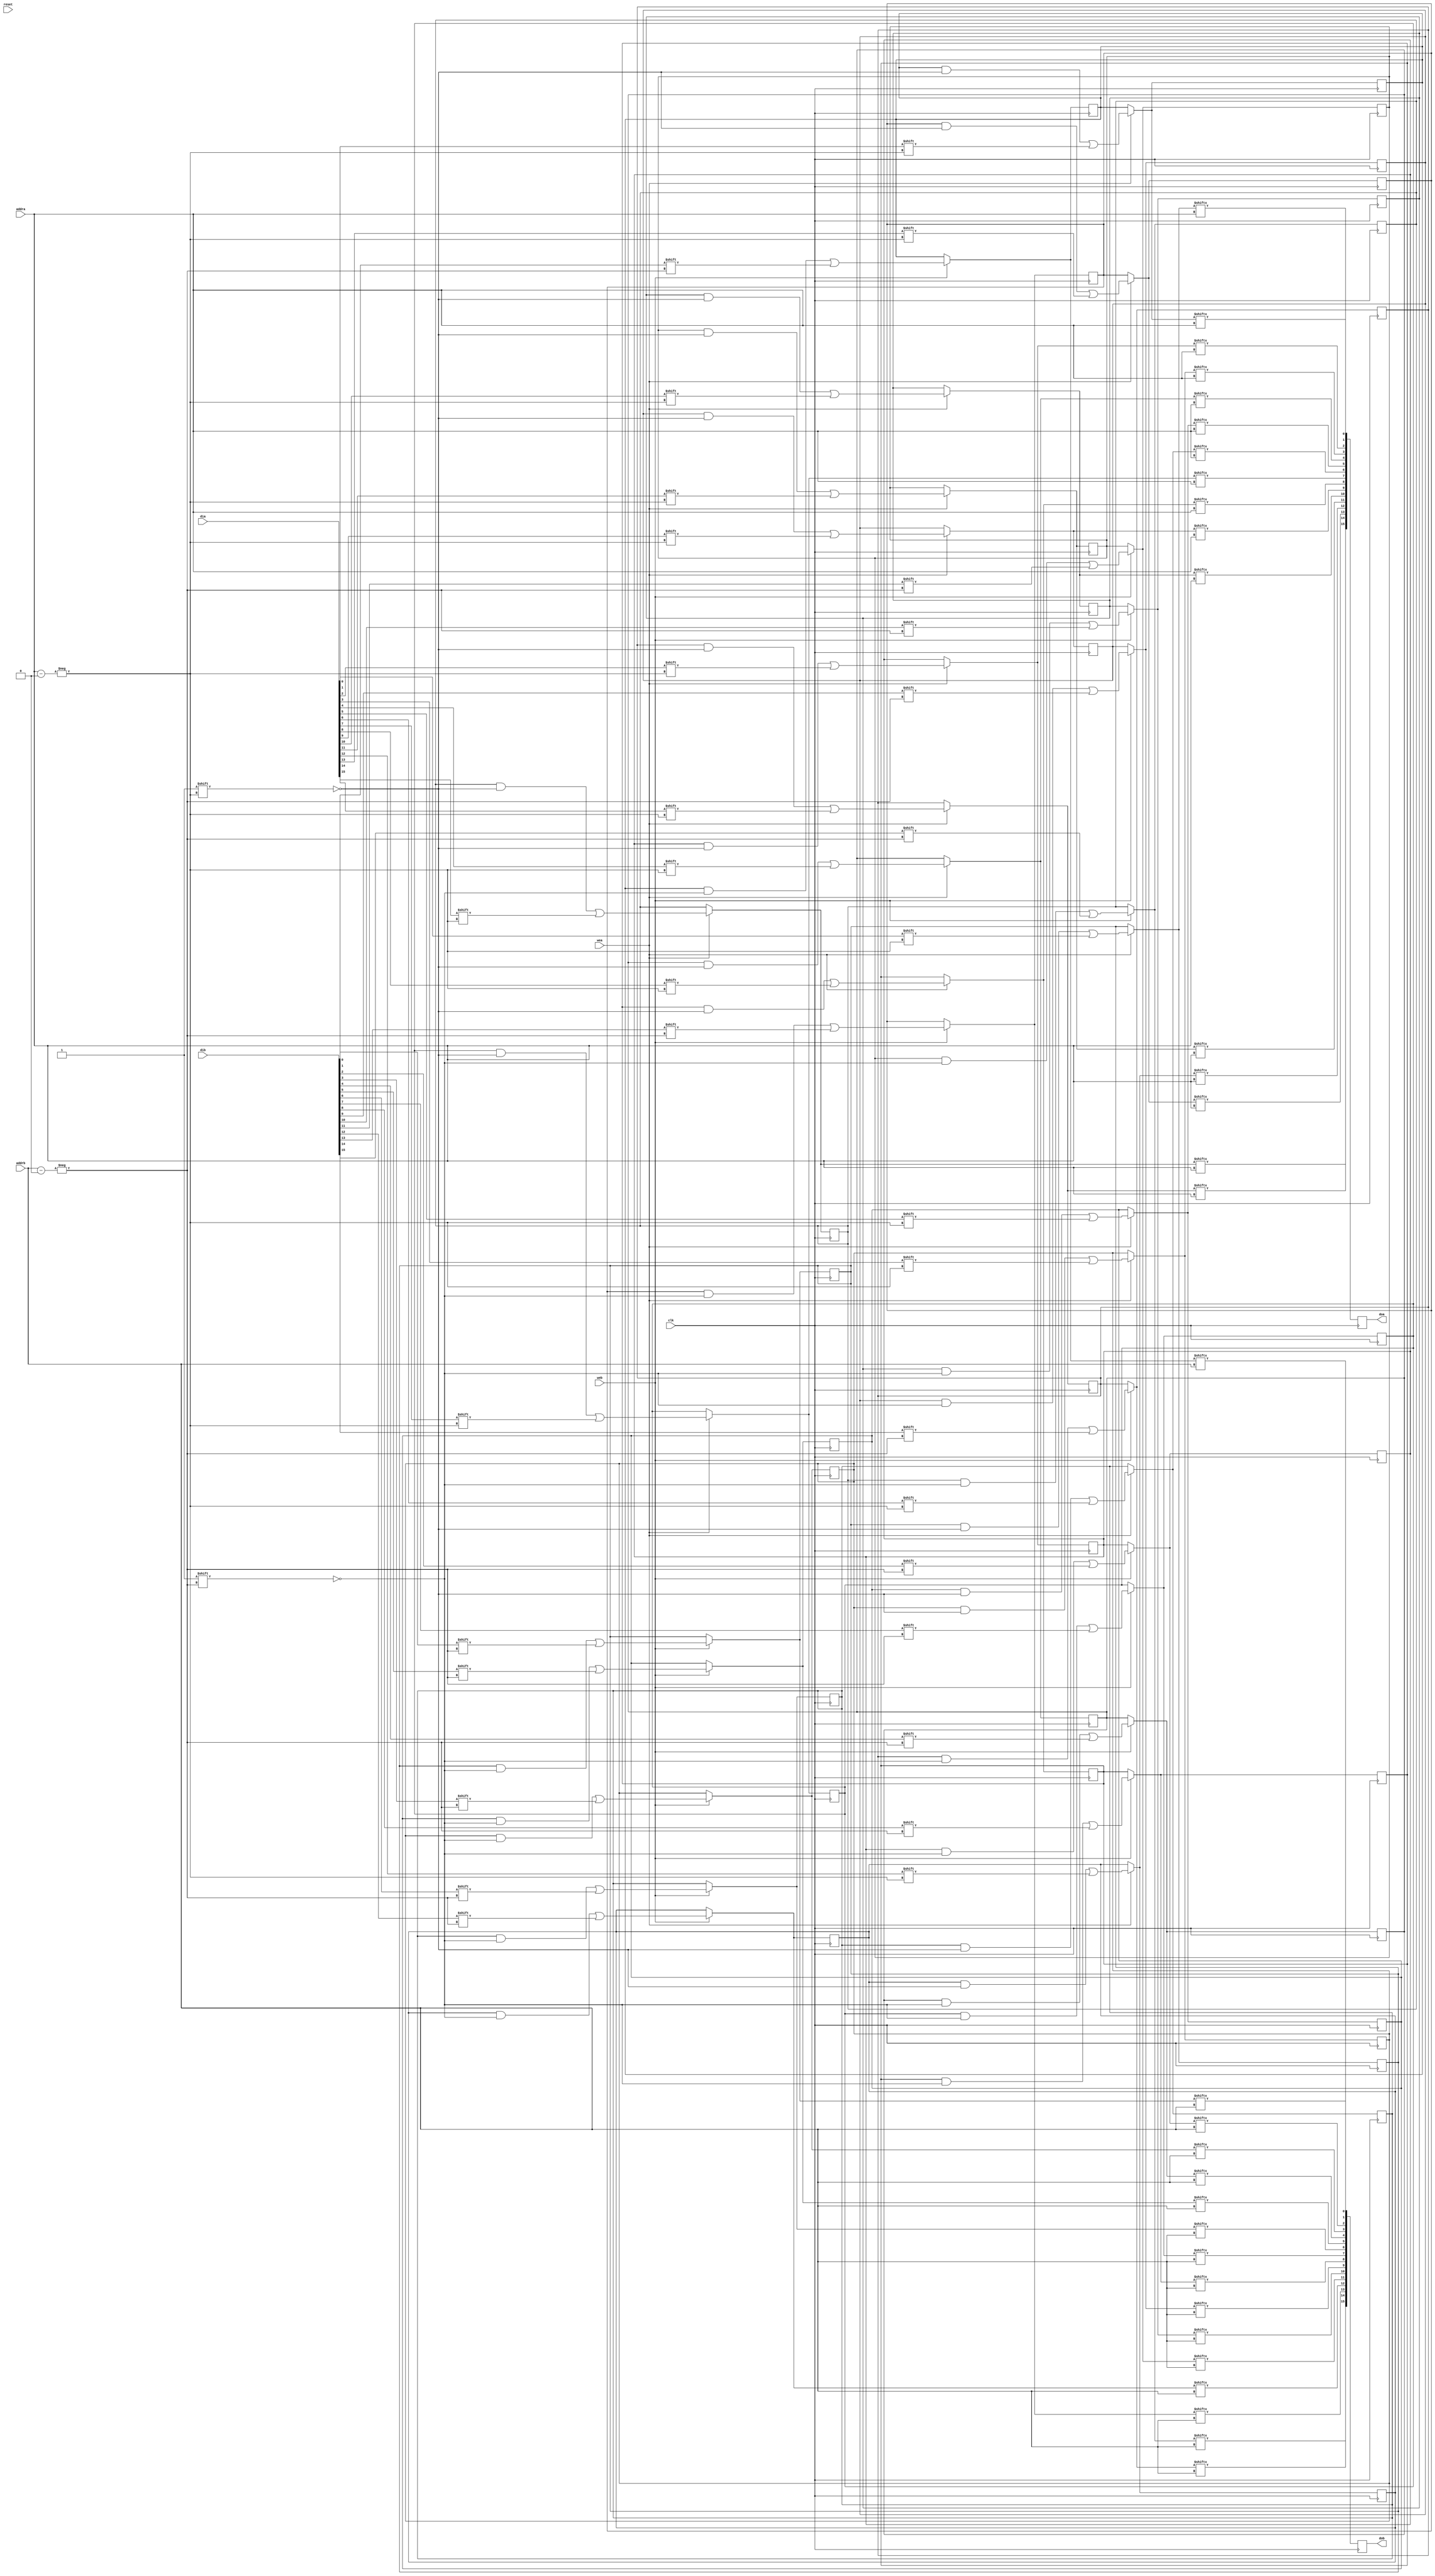
/*
 * Copyright (c) 2022, SPAR-Internal
 * All rights reserved.
 * 
 * Permission is hereby granted, free of charge, to any person obtaining a copy of
 * this software and associated documentation files (the "Software"), to deal in
 * the Software without restriction, including without limitation the rights to
 * use, copy, modify, merge, publish, distribute, sublicense, and/or sell copies
 * of the Software, and to permit persons to whom the Software is furnished to do
 * so, subject to the following conditions:
 * 
 * The above copyright notice and this permission notice shall be included in all
 * copies or substantial portions of the Software.
 * 
 * THE SOFTWARE IS PROVIDED "AS IS", WITHOUT WARRANTY OF ANY KIND, EXPRESS OR
 * IMPLIED, INCLUDING BUT NOT LIMITED TO THE WARRANTIES OF MERCHANTABILITY,
 * FITNESS FOR A PARTICULAR PURPOSE AND NONINFRINGEMENT. IN NO EVENT SHALL THE
 * AUTHORS OR COPYRIGHT HOLDERS BE LIABLE FOR ANY CLAIM, DAMAGES OR OTHER
 * LIABILITY, WHETHER IN AN ACTION OF CONTRACT, TORT OR OTHERWISE, ARISING FROM,
 * OUT OF OR IN CONNECTION WITH THE SOFTWARE OR THE USE OR OTHER DEALINGS IN THE
 * SOFTWARE.
 *
 */


// Simple Dual-Port Block RAM with One Clock
module BRAM  //#(parameter SIZE = 5, parameter MAX_WORD_LENGTH = 32, parameter RAM_SIZE = MAX_WORD_LENGTH*32-1) //debug:
	(	
		clk,
		reset,
		wea,
		web,
		addra,
		addrb,
		dia,
		dib,
		doa,
		dob
		//id //debug:
	);
input clk, reset, wea, web;
//input[SIZE-1:0] id; //debug:
input [9:0] addra,addrb;
input [15:0] dia, dib;
output reg [15:0] doa,dob;
reg[159:0] ram[15:0] ;
integer i;

always @(posedge clk) 
begin

	// if(!reset) begin
	
	// for (i=0; i<16; i=i+1) begin
		// ram[i] 	= {18'h0,id,i[3:0],18'h0,id,i[3:0],96'h00000000_00000000_00000000};
	// end
	
	// end
	// else begin
		if (wea) begin
		   for(i=0; i<16; i=i+1) begin
			   ram[i][addra] = dia[i];
		   end
		end
		
		for(i=0; i<16; i=i+1) begin
		   doa[i] = ram[i][addra];
		end
	// end
end
always @(posedge clk) 
begin  
	if (web) begin
	   for(i=0; i<16; i=i+1) begin
	       ram[i][addrb] = dib[i];
	   end
	end
    for(i=0; i<16; i=i+1) begin
	   dob[i] = ram[i][addrb];
	end 
end

endmodule